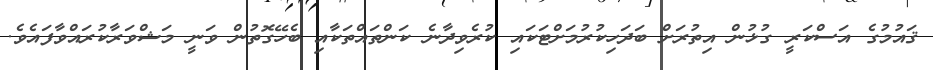
ޤައުމުގެ އަސްކަރީ ގުޅުން އިތުރަށް ބަދަހިކުރުމަށްޓަކައި ކުރެވިދާނެ ކަންތައްތަކާއި ބެހޭގޮތުން ވަނީ މަޝްވަރާކުރައްވާފައެވެ.